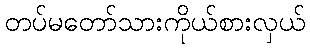
တပ်မတော်သားကိုယ်စားလှယ်